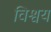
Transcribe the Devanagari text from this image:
विश्वय